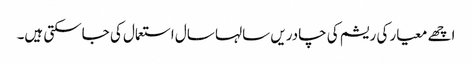
اچھے معیار کی ریشم کی چادریں سالہا سال استعمال کی جاسکتی ہیں۔